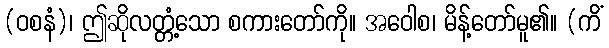
(ဝစနံ)၊ ဤဆိုလတ္တံ့သော စကားတော်ကို။ အဝေါစ၊ မိန့်တော်မူ၏။ (ကိံ